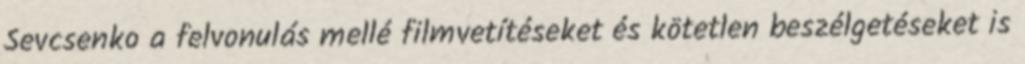
Sevcsenko a felvonulás mellé filmvetítéseket és kötetlen beszélgetéseket is